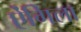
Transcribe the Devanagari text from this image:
ऐंगिला